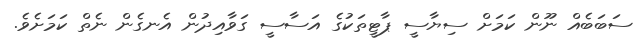
ސަބަބެއް ނޫން ކަމަށް ސިޔާސީ ޕާޓީތަކުގެ އަސާސީ ގަވާއިދުން އެނގެން ނެތް ކަމަށެވެ.